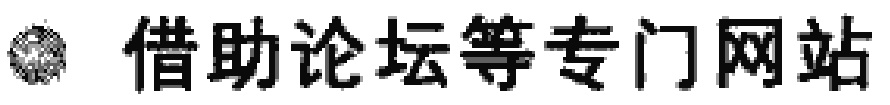
借助论坛等专门网站